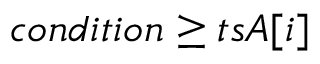
c o n d i t i o n \ge t s A [ i ]